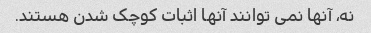
نه، آنها نمی توانند آنها اثبات کوچک شدن هستند.